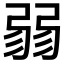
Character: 𢐅